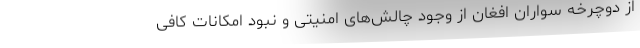
از دوچرخه سواران افغان از وجود چالش‌های امنیتی و نبود امکانات کافی